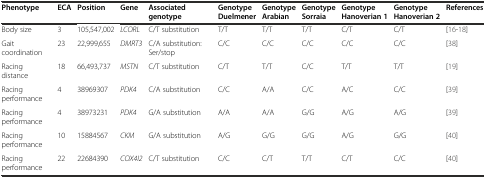
| Phenotype | ECA | Position | Gene | Associated genotype | Genotype Duelmener | Genotype Arabian | Genotype Sorraia | Genotype Hanoverian 1 | Genotype Hanoverian 2 | References |
 | --- | --- | --- | --- | --- | --- | --- | --- | --- | --- | --- |
 | Body size | 3 | 105,547,002 | LCORL | C/T substitution | T/T | T/T | T/T | C/T | C/T | [16–18] |
 | Gait coordination | 23 | 22,999,655 | DMRT3 | C/A substitution: Ser/stop | C/C | C/C | C/C | C/C | C/C | [38] |
 | Racing distance | 18 | 66,493,737 | MSTN | C/T substitution | C/T | T/T | C/C | T/T | T/T | [19] |
 | Racing performance | 4 | 38969307 | PDK4 | C/A substitution | C/C | A/A | C/C | A/C | C/C | [39] |
 | Racing performance | 4 | 38973231 | PDK4 | G/A substitution | A/A | A/A | G/G | A/G | A/G | [39] |
 | Racing performance | 10 | 15884567 | CKM | G/A substitution | A/G | G/G | G/G | A/G | G/G | [40] |
 | Racing performance | 22 | 22684390 | COX4I2 | C/T substitution | C/C | C/T | T/T | C/T | C/C | [40] |